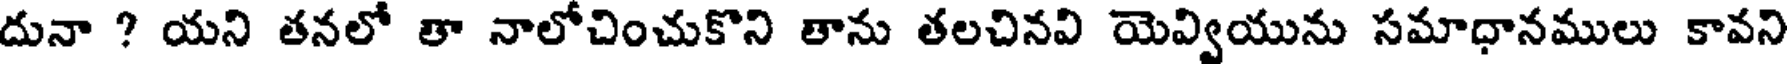
దునా ? యని తనలో తా నాలోచించుకొని తాను తలచినవి యెవ్వియును సమాధానములు కావని